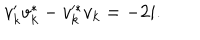
v _ { k } ^ { \prime } v _ { k } ^ { * } - v _ { k } ^ { * } v _ { k } = - 2 i .